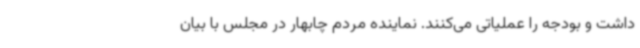
داشت و بودجه را عملیاتی می‌کنند. نماینده مردم چابهار در مجلس با بیان